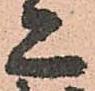
亦